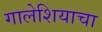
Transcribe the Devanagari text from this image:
गालेशियाचा